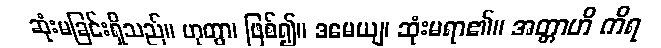
ဆုံးမခြင်းရှိသည်။ ဟုတွာ၊ ဖြစ်၍။ ဒမေယျ၊ ဆုံးမရာ၏။ အတ္တာဟိ ကိရ